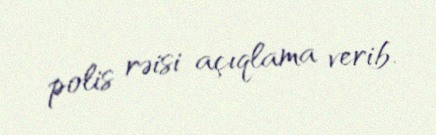
polis rəisi açıqlama verib.